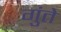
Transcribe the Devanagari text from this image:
गुंते